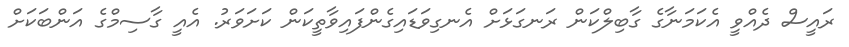
ރައީސް ދެއްވީ އެކަމަނާގެ ގާބިލްކަން ރަނގަޅަށް އެނގިވަޑައިގެންފައިވާތީކަން ކަށަވަރު. އެއީ ގާސިމްގެ އަންބަކަށް